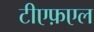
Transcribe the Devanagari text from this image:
टीएफ़एल